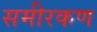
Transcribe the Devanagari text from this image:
समीरकण